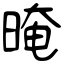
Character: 晻